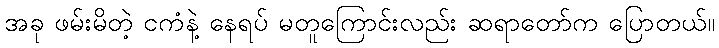
အခု ဖမ်းမိတဲ့ ငကံနဲ့ နေရပ် မတူကြောင်းလည်း ဆရာတော်က ပြောတယ်။